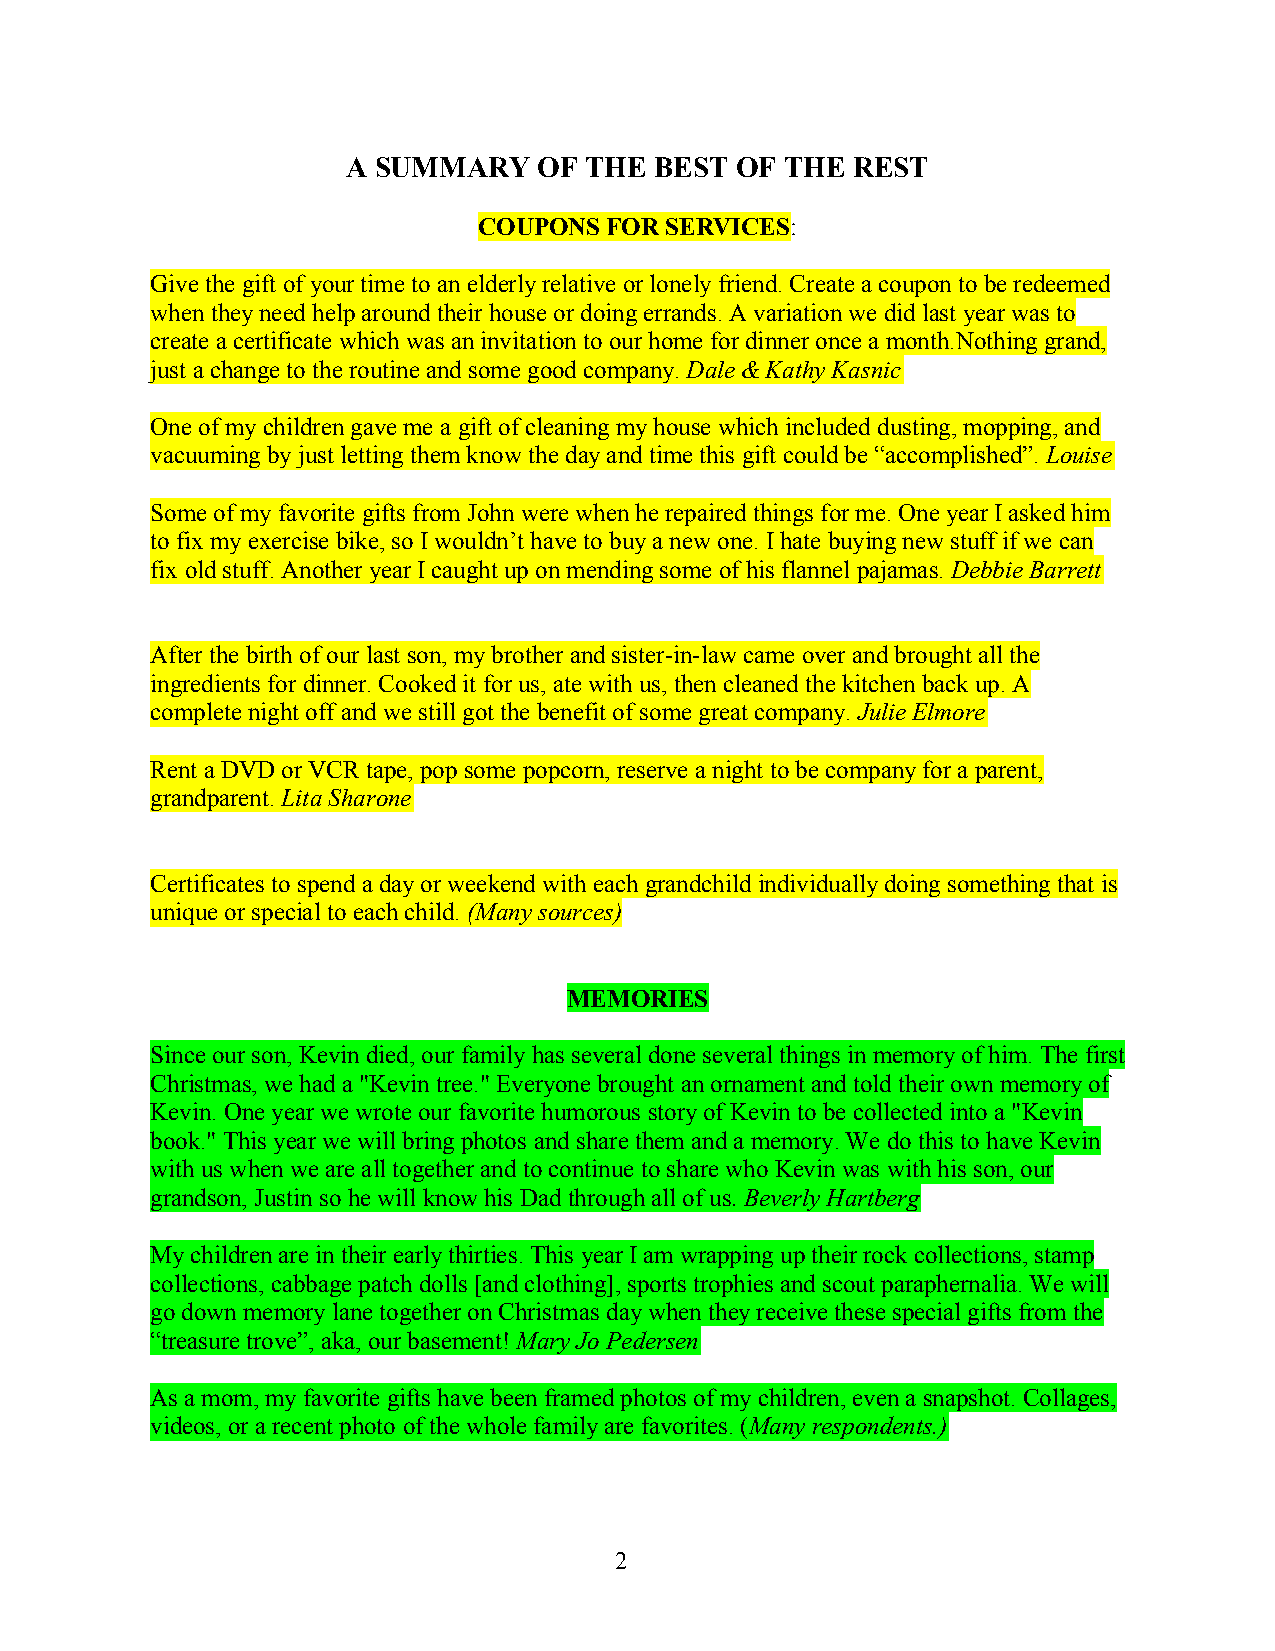
A SUMMARY    OF THE BEST  OF THE REST
 COUPONS FOR SERVICES:
 Give the gift of your time to an elderly relative or lonely friend. Create a coupon to be redeemed
 when they need help around their house or doing errands. A variation we did last year was to
 create a certificate which was an invitation to our home for dinner once a month.Nothing grand,
 just a change to the routine and some good company. Dale & Kathy Kasnic
 One of my children gave me a gift of cleaning my house which included dusting, mopping, and
 vacuuming by just letting them know the day and time this gift could be “accomplished”. Louise
 Some of my favorite gifts from John were when he repaired things for me. One year I asked him
 to fix my exercise bike, so I wouldn’t have to buy a new one. I hate buying new stuff if we can
 fix old stuff. Another year I caught up on mending some of his flannel pajamas. Debbie Barrett
 After the birth of our last son, my brother and sister-in-law came over and brought all the
 ingredients for dinner. Cooked it for us, ate with us, then cleaned the kitchen back up. A
 complete night off and we still got the benefit of some great company. Julie Elmore
 Rent a DVD or VCR tape, pop some popcorn, reserve a night to be company for a parent,
 grandparent. Lita Sharone
 Certificates to spend a day or weekend with each grandchild individually doing something that is
 unique or special to each child. (Many sources)
 MEMORIES
 Since our son, Kevin died, our family has several done several things in memory of him. The first
 Christmas, we had a "Kevin tree." Everyone brought an ornament and told their own memory of
 Kevin. One year we wrote our favorite humorous story of Kevin to be collected into a "Kevin
 book." This year we will bring photos and share them and a memory. We do this to have Kevin
 with us when we are all together and to continue to share who Kevin was with his son, our
 grandson, Justin so he will know his Dad through all of us. Beverly Hartberg
 My children are in their early thirties. This year I am wrapping up their rock collections, stamp
 collections, cabbage patch dolls [and clothing], sports trophies and scout paraphernalia. We will
 go down memory lane together on Christmas day when they receive these special gifts from the
 “treasure trove”, aka, our basement! Mary Jo Pedersen
 As a mom, my favorite gifts have been framed photos of my children, even a snapshot. Collages,
 videos, or a recent photo of the whole family are favorites. (Many respondents.)
 2